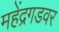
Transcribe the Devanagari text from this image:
महेंद्रगडवर